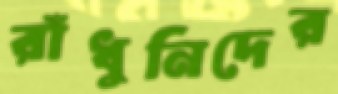
রাঁধুনিদের